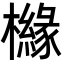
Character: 櫞